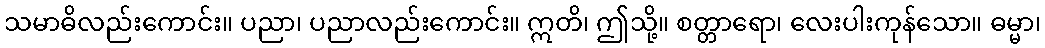
သမာဓိလည်းကောင်း။ ပညာ၊ ပညာလည်းကောင်း။ ဣတိ၊ ဤသို့။ စတ္တာရော၊ လေးပါးကုန်သော။ ဓမ္မာ၊